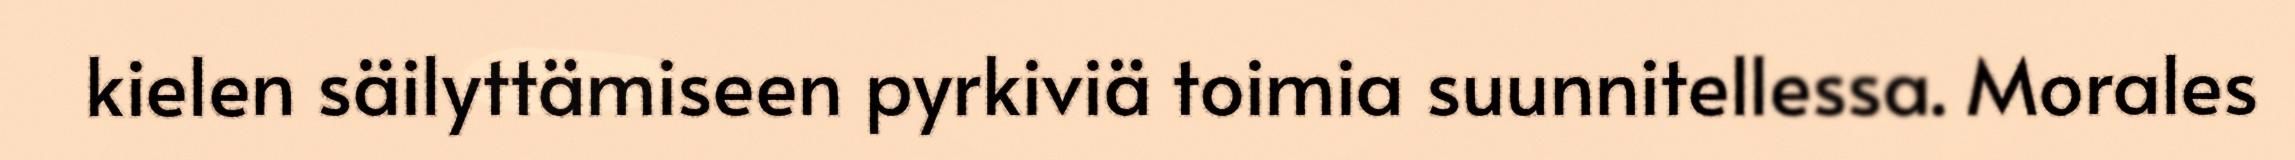
kielen säilyttämiseen pyrkiviä toimia suunnitellessa. Morales